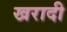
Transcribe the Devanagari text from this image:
खरादी